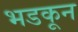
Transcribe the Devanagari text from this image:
भडकून